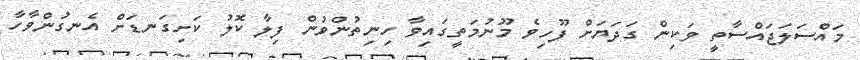
މައްސަލަޖައްސާތީ ވަކިން ގަދަޔަށް ފޫހިވެ މޫނުމަތީގައިވާ ހިނިތުންވުން ފިލާ ކޮލު ކަށިގަނޑަށް އެނގުންވާހާ